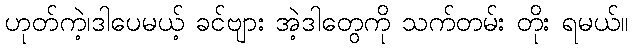
ဟုတ်ကဲ့၊ဒါပေမယ့် ခင်ဗျား အဲ့ဒါတွေကို သက်တမ်း တိုး ရမယ်။